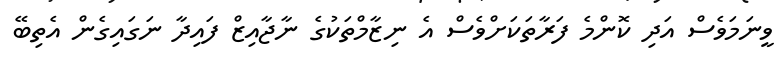
ވީނަމަވެސް އަދި ކޮންމެ ފަރާތަކަށްވެސް އެ ނިޒާމްތަކުގެ ނާޖާއިޒް ފައިދާ ނަގައިގެން އެތިބޭ